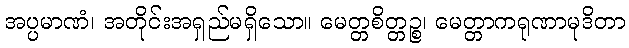
အပ္ပမာဏံ၊ အတိုင်းအရှည်မရှိသော။ မေတ္တစိတ္တဉ္စ၊ မေတ္တာကရုဏာမုဒိတာ